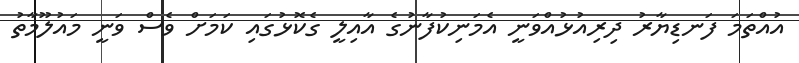
އުއްތަމަ ފަނޑިޔާރު ދިރިއުޅުއްވަނީ އެމަނިކުފާނުގެ އާއިލީ ގެކޮޅުގައި ކަމަށް ވެސް ވަނީ މައުލޫމާތު